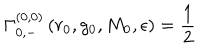
\Gamma _ { 0 , - } ^ { ( 0 , 0 ) } \left( r _ { 0 } , g _ { 0 } , M _ { 0 } , \epsilon \right) = \frac { 1 } { 2 }